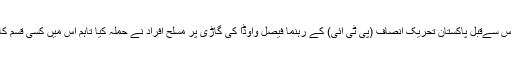
واضح رہے کہ اس سےقبل پاکستان تحریک انصاف (پی ٹی آئی) کے رہنما فیصل واوڈا کی گاڑی پر مسلح افراد نے حملہ کیا تاہم اس میں کسی قسم کا نقصان نہیں ہوا۔